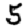
Digit: 5